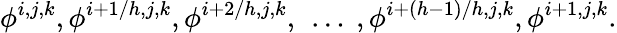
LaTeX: \phi^{i,j,k},\phi^{i+1/h,j,k},\phi^{i+2/h,j,k},\ \dots\ ,\phi^{i+(h-1)/h,j,k},\phi^{i+1,j,k}.